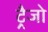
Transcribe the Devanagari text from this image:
ट्रैजो